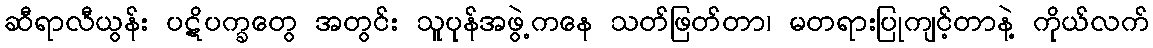
ဆီရာလီယွန်း ပဋိပက္ခတွေ အတွင်း သူပုန်အဖွဲ့ကနေ သတ်ဖြတ်တာ၊ မတရားပြုကျင့်တာနဲ့ ကိုယ်လက်